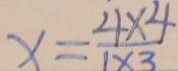
x = \frac { 4 \times 4 } { 1 \times 3 }